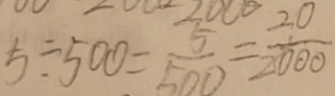
5 \div 5 0 0 = \frac { 5 } { 5 0 0 } = \frac { 2 0 } { 2 0 0 0 }